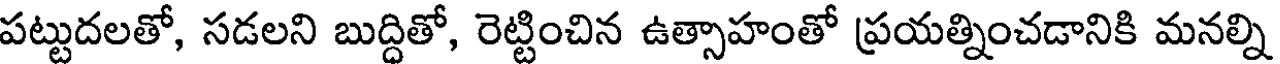
పట్టుదలతో, సడలని బుద్దితో, రెట్టించిన ఉత్సాహంతో ప్రయత్నించడానికి మనల్ని